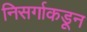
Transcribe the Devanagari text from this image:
निसर्गाकडून